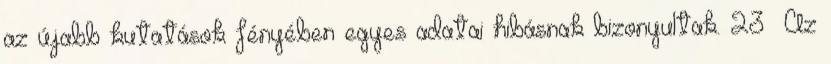
az újabb kutatások fényében egyes adatai hibásnak bizonyultak. 23 Az